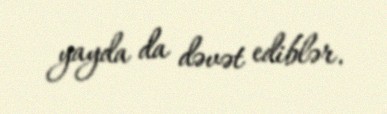
yayda da dəvət ediblər.